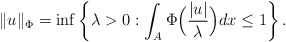
\begin{align*}\Vert u \Vert_{\Phi} = \inf\left\{ \lambda > 0 : \int_{A}\Phi\Big(\frac{|u|}{\lambda}\Big)dx \leq1\right\}.\end{align*}